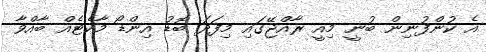
އެ ކުންފުނިން ބުނީ މިއީ ރާއްޖޭގައި މިފަދަ ބޮޑު އިންޑޯ މާކެޓެއް ބާއްވާ